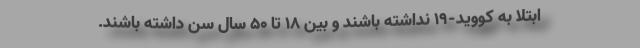
ابتلا به کووید-۱۹ نداشته باشند و بین ۱۸ تا ۵۰ سال سن داشته باشند.